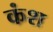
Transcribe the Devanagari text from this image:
कंश